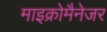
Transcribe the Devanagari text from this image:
माइक्रोमैनेजर